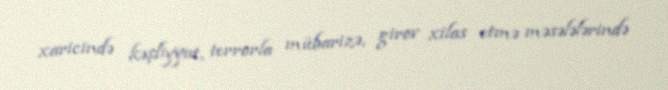
xaricində kəşfiyyat, terrorla mübarizə, girov xilas etmə məsələlərində